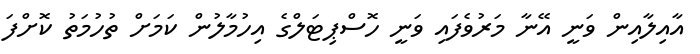
އާއިލާއިން ވަނީ އޭނާ މަރުވެފައި ވަނީ ހޮސްޕިޓަލްގެ އިހުމާލުން ކަމަށް ތުހުމަތު ކޮށްފަ